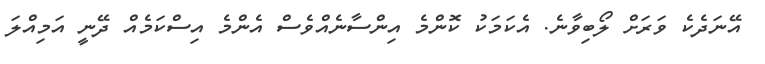
އޭނަދެކެ ވަރަށް ލޯބިވާނެ. އެކަމަކު ކޮންމެ އިންސާނެއްވެސް އެންމެ އިސްކަމެއް ދޭނީ އަމިއްލަ